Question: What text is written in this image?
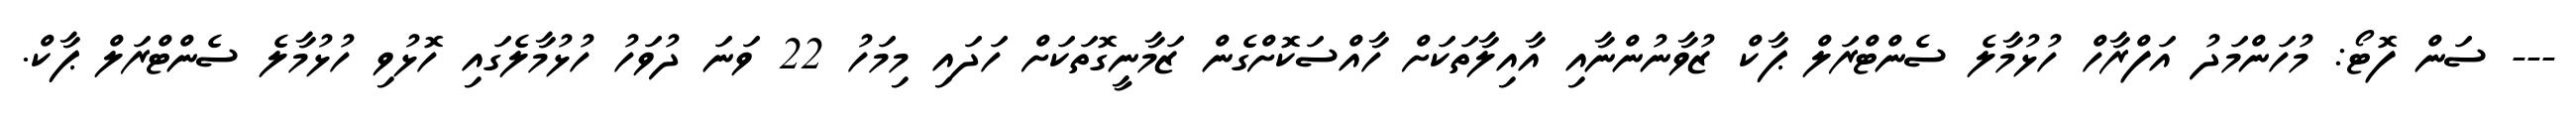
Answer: --- ސަން ފޮޓޯ: މުހަންމަދު އަފްރާހް ހުޅުމާލެ ސެންޓްރަލް ޕާކް ޒުވާނުންނާއި އާއިލާތަކަށް ހާއްސަކޮށްގެން ޒަމާނީގޮތަކަށް ހަދައި މިމަހު 22 ވަނަ ދުވަހު ހުޅުމާލެގައި ހޮޅުވި ހުޅުމާލެ ސެންޓްރަލް ޕާކް.